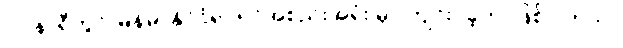
(၁)နာရီတွင် မြန်မာနိုင်ငံရုပ်ရှင်အစည်းအရုံး မှာ ကျင်းပခဲ့တာဖြစ်ပါတယ်။